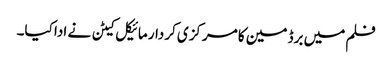
فلم میں برڈ مین کا مرکزی کردار مائیکل کیٹن نے ادا کیا۔